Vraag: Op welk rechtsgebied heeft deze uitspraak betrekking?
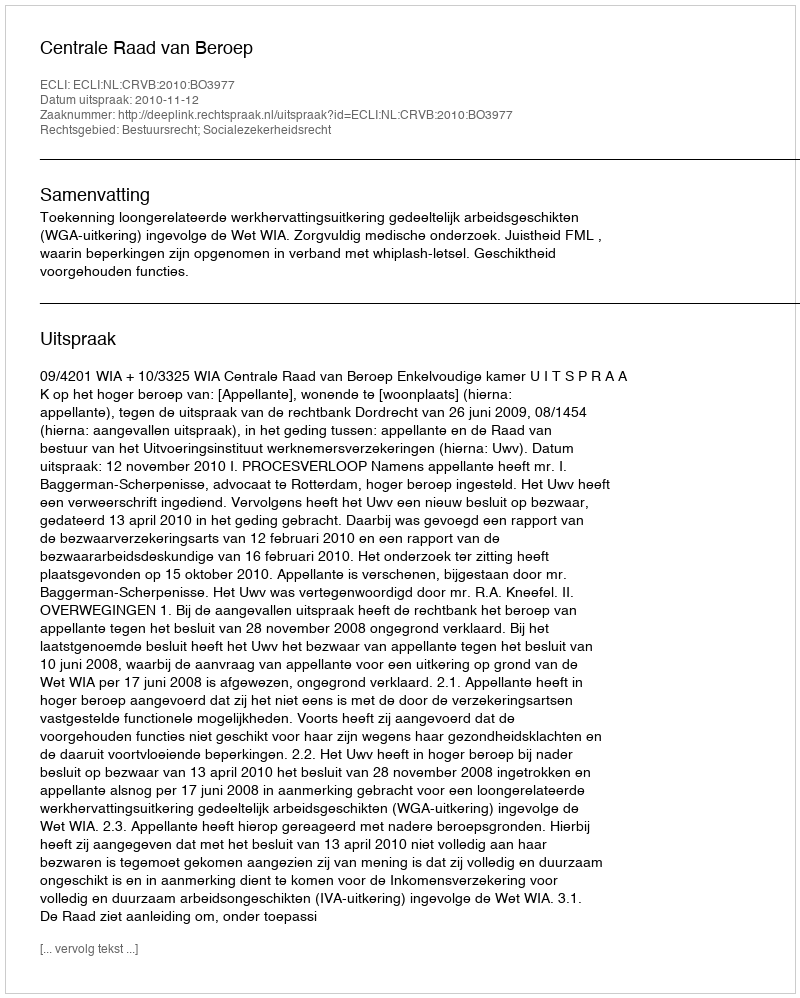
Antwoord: Bestuursrecht; Socialezekerheidsrecht